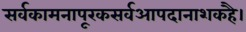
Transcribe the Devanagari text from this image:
सर्वकामनापूरकसर्वआपदानाशकहै।